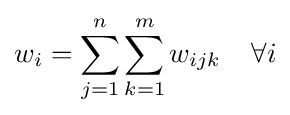
{\begin{aligned}&w_{i}=\sum _{j=1}^{n}\sum _{k=1}^{m}w_{ijk}\;\;\;\;\forall i\\\end{aligned}}